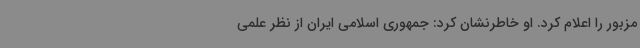
مزبور را اعلام کرد. او خاطرنشان کرد: جمهوری اسلامی ایران از نظر علمی